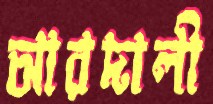
আরদালী